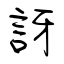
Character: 訝